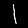
Digit: 1